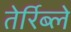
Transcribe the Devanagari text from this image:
तेर्रिब्ले